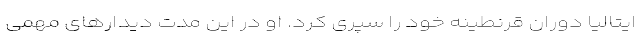
ایتالیا دوران قرنطینه خود را سپری کرد. او در این مدت دیدار‌های مهمی